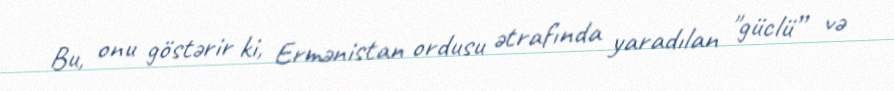
Bu, onu göstərir ki, Ermənistan ordusu ətrafında yaradılan "güclü” və